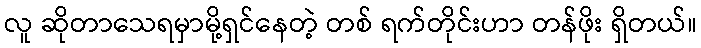
လူ ဆိုတာသေရမှာမို့ရှင်နေတဲ့ တစ် ရက်တိုင်းဟာ တန်ဖိုး ရှိတယ်။